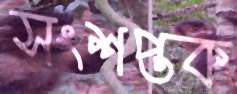
সংশপ্তক